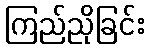
ကြည်ညိုခြင်း